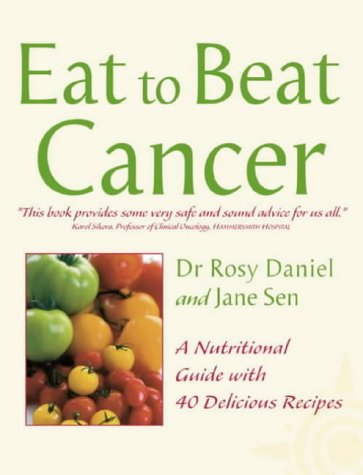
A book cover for Eat to Beat Cancer: A Nutritional Guide with 40 Delicious Recipes; Rosy Daniel; Health, Fitness & Dieting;